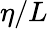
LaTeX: \eta/L